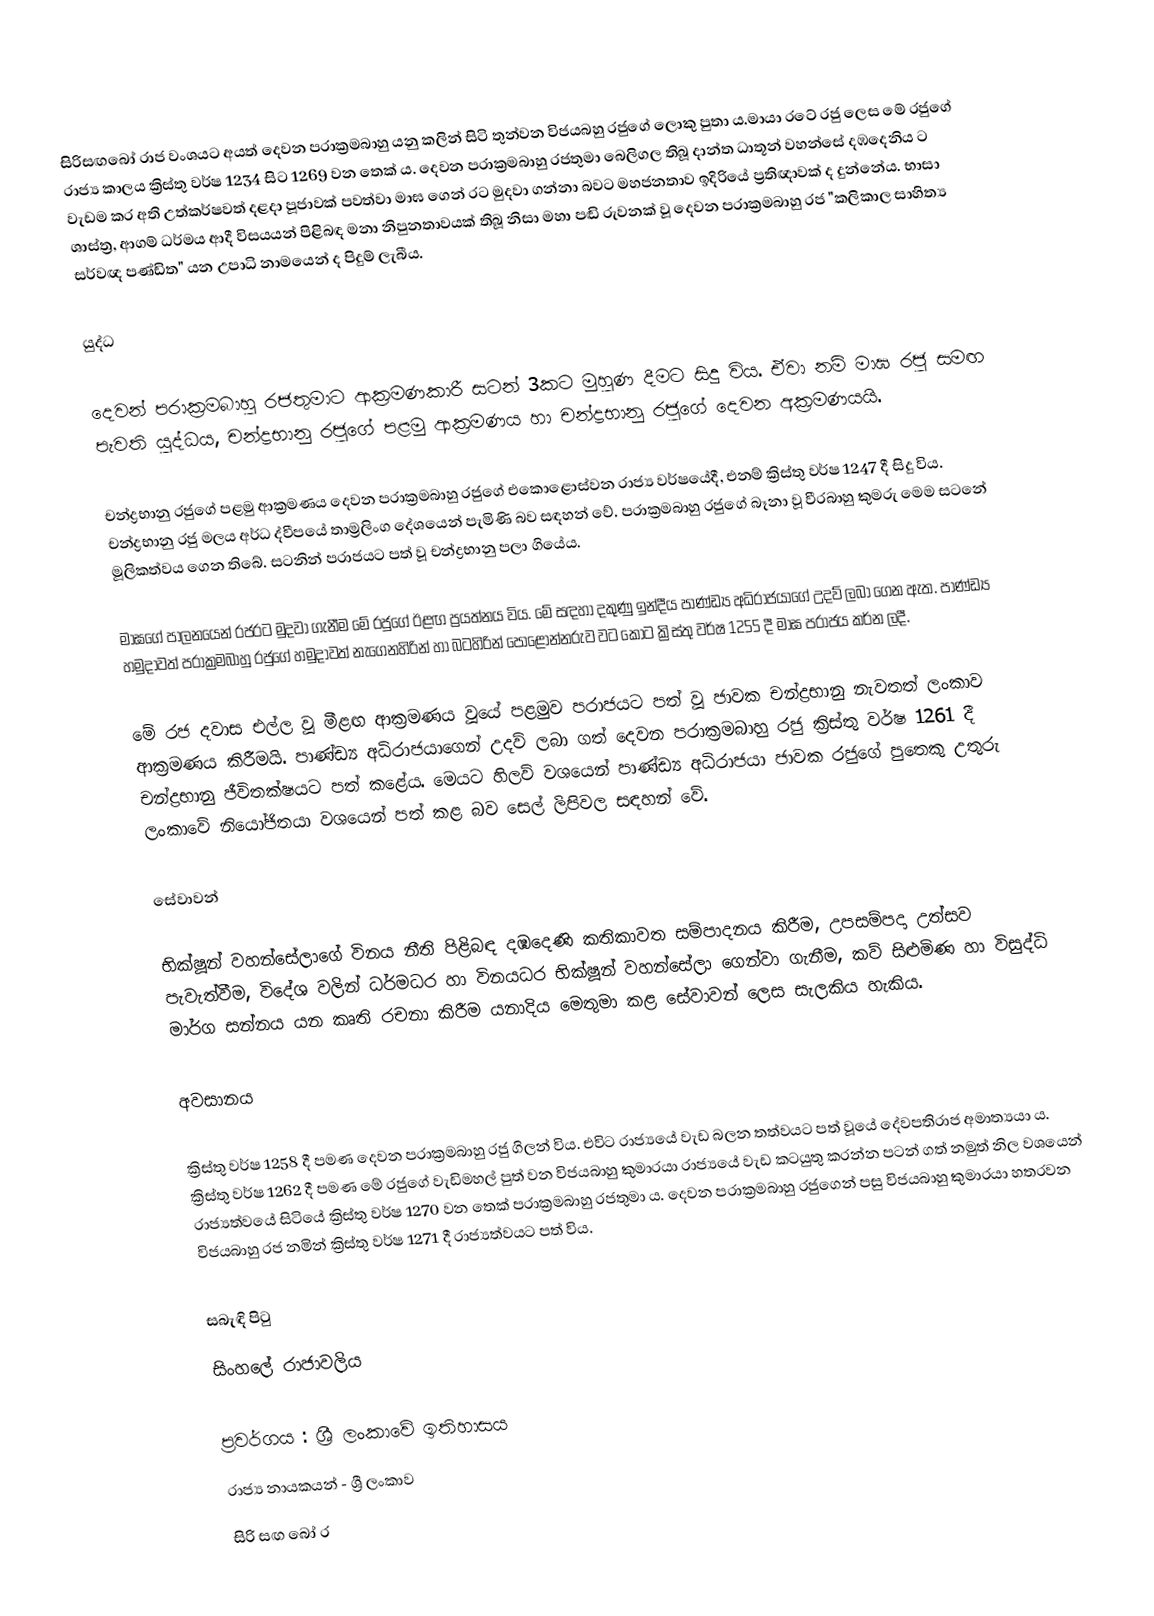
සිරිසඟබෝ රාජ වංශයට අයත් දෙවන පරාක්‍රමබාහු යනු කලින් සිටි තුන්වන විජයබහු රජුගේ ලොකු පුතා ය.මායා රටේ රජු ලෙස මේ රජුගේ රාජ්‍ය කාලය ක්‍රිස්තු වර්ෂ 1234 සිට 1269 වන තෙක් ය. දෙවන පරාක්‍රමබාහු රජතුමා බෙලිගල තිබූ දාන්ත ධාතූන් වහන්සේ දඹදෙනිය ට වැඩම කර අති උත්කර්ෂවත් දළදා පූජාවක් පවත්වා මාඝ ගෙන් රට මුදවා ගන්නා බවට මහජනතාව ඉදිරියේ ප්‍රතිඥාවක් ද දුන්නේය. භාසා ශාස්ත්‍ර, ආගම් ධර්මය ආදී විසයයන් පිළිබඳ මනා නිපුනතාවයක් තිබූ නිසා මහා පඬි රුවනක් වූ දෙවන පරාක්‍රමබාහු රජ "කලිකාල සාහිත්‍ය සර්වඥ පණ්ඩිත" යන උපාධි නාමයෙන් ද පිදුම් ලැබීය.

යුද්ධ

දෙවන් පරාක්‍රමබාහු රජතුමාට ආක්‍රමණකාරී සටන් 3කට මුහුණ දීමට සිදු විය. ඒවා නම් මාඝ රජු සමඟ පැවති යුද්ධය, චන්ද්‍රභානු රජුගේ පළමු ආක්‍රමණය හා චන්ද්‍රභානු රජුගේ දෙවන අක්‍රමණයයි.

චන්ද්‍රභානු රජුගේ පළමු ආක්‍රමණය දෙවන පරාක්‍රමබාහු රජුගේ එකොළොස්වන රාජ්‍ය වර්ෂයේදී, එනම් ක්‍රිස්තු වර්ෂ 1247 දී සිදු විය. චන්ද්‍රභානු රජු මලය අර්ධ ද්වීපයේ  තාම්‍රලිංග දේශයෙන් පැමිණි බව සඳහන් වේ. පරාක්‍රමබාහු රජුගේ බෑනා වූ වීරබාහු කුමරු මෙම සටනේ මූලිකත්වය ගෙන තිබේ. සටනින් පරාජයට පත් වූ චන්ද්‍රභානු පලා ගියේය.

මාඝගේ පාලනයෙන් රජරට මුදවා ගැනීම මේ රජුගේ ඊළඟ ප්‍රයත්නය විය. මේ සඳහා දකුණු ඉන්දීය පාණ්ඩ්‍ය අධිරාජයාගේ උදව් ලබා ගෙන ඇත. පාණ්ඩ්‍ය හමුදාවත් පරාක්‍රමබාහු රජුගේ හමුදාවත් නැගෙනහිරින් හා බටහිරින් පොළොන්නරුව වට කොට ක්‍රිස්තු වර්ෂ 1255 දී මාඝ පරාජය කර්න ලදී.

මේ රජ දවාස එල්ල වූ මීළඟ ආක්‍රමණය වූයේ පළමුව පරාජයට පත් වූ ජාවක චන්ද්‍රභානු නැවතත් ලංකාව ආක්‍රමණය කිරීමයි. පාණ්ඩ්‍ය අධිරාජයාගෙන් උදව් ලබා ගත් දෙවන පරාක්‍රමබාහු රජු ක්‍රිස්තු වර්ෂ 1261 දී චන්ද්‍රභානු ජීවිතක්ෂයට පත් කළේය. මෙයට හිලව් වශයෙන් පාණ්ඩ්‍ය අධිරාජයා ජාවක රජුගේ පුතෙකු උතුරු ලංකාවේ නියෝජිතයා වශයෙන් පත් කළ බව සෙල් ලිපිවල සඳහන් වේ.

සේවාවන්

භික්ෂූන් වහන්සේලාගේ විනය නීති පිළිබඳ දඹදෙණි කතිකාවත සම්පාදනය කිරීම, උපසම්පදා උත්සව පැවැත්වීම, විදේශ වලින් ධර්මධර හා විනයධර භික්ෂූන් වහන්සේලා ගෙන්වා ගැනීම, කව් සිළුමිණ හා විසුද්ධි මාර්ග සන්නය යන කෘති රචනා කිරීම යනාදිය මෙතුමා කළ සේවාවන් ලෙස සැලකිය හැකිය.

අවසානය

ක්‍රිස්තු වර්ෂ 1258 දී පමණ දෙවන පරාක්‍රමබාහු රජු ගිලන් විය. එවිට රාජ්‍යයේ වැඩ බලන තත්වයට පත් වූයේ දේවපතිරාජ අමාත්‍යයා ය. ක්‍රිස්තු වර්ෂ 1262 දී පමණ මේ රජුගේ වැඩිමහල් පුත් වන විජයබාහු කුමාරයා රාජ්‍යයේ වැඩ කටයුතු කරන්න පටන් ගත් නමුත් නිල වශයෙන් රාජ්‍යත්වයේ සිටියේ ක්‍රිස්තු වර්ෂ 1270 වන තෙක් පරාක්‍රමබාහු රජතුමා ය. දෙවන පරාක්‍රමබාහු රජුගෙන් පසු විජයබාහු කුමාරයා හතරවන විජයබාහු රජ නමින් ක්‍රිස්තු වර්ෂ 1271 දී රාජ්‍යත්වයට පත් විය.

සබැඳි පිටු
 සිංහලේ රාජාවලිය

ප්‍රවර්ගය : ශ්‍රී ලංකාවේ ඉතිහාසය
රාජ්‍ය නායකයන් - ශ්‍රී ලංකාව
සිරි සඟ බෝ ර